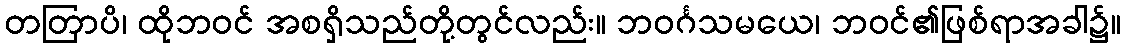
တတြာပိ၊ ထိုဘဝင် အစရှိသည်တို့တွင်လည်း။ ဘဝင်္ဂသမယေ၊ ဘဝင်၏ဖြစ်ရာအခါ၌။